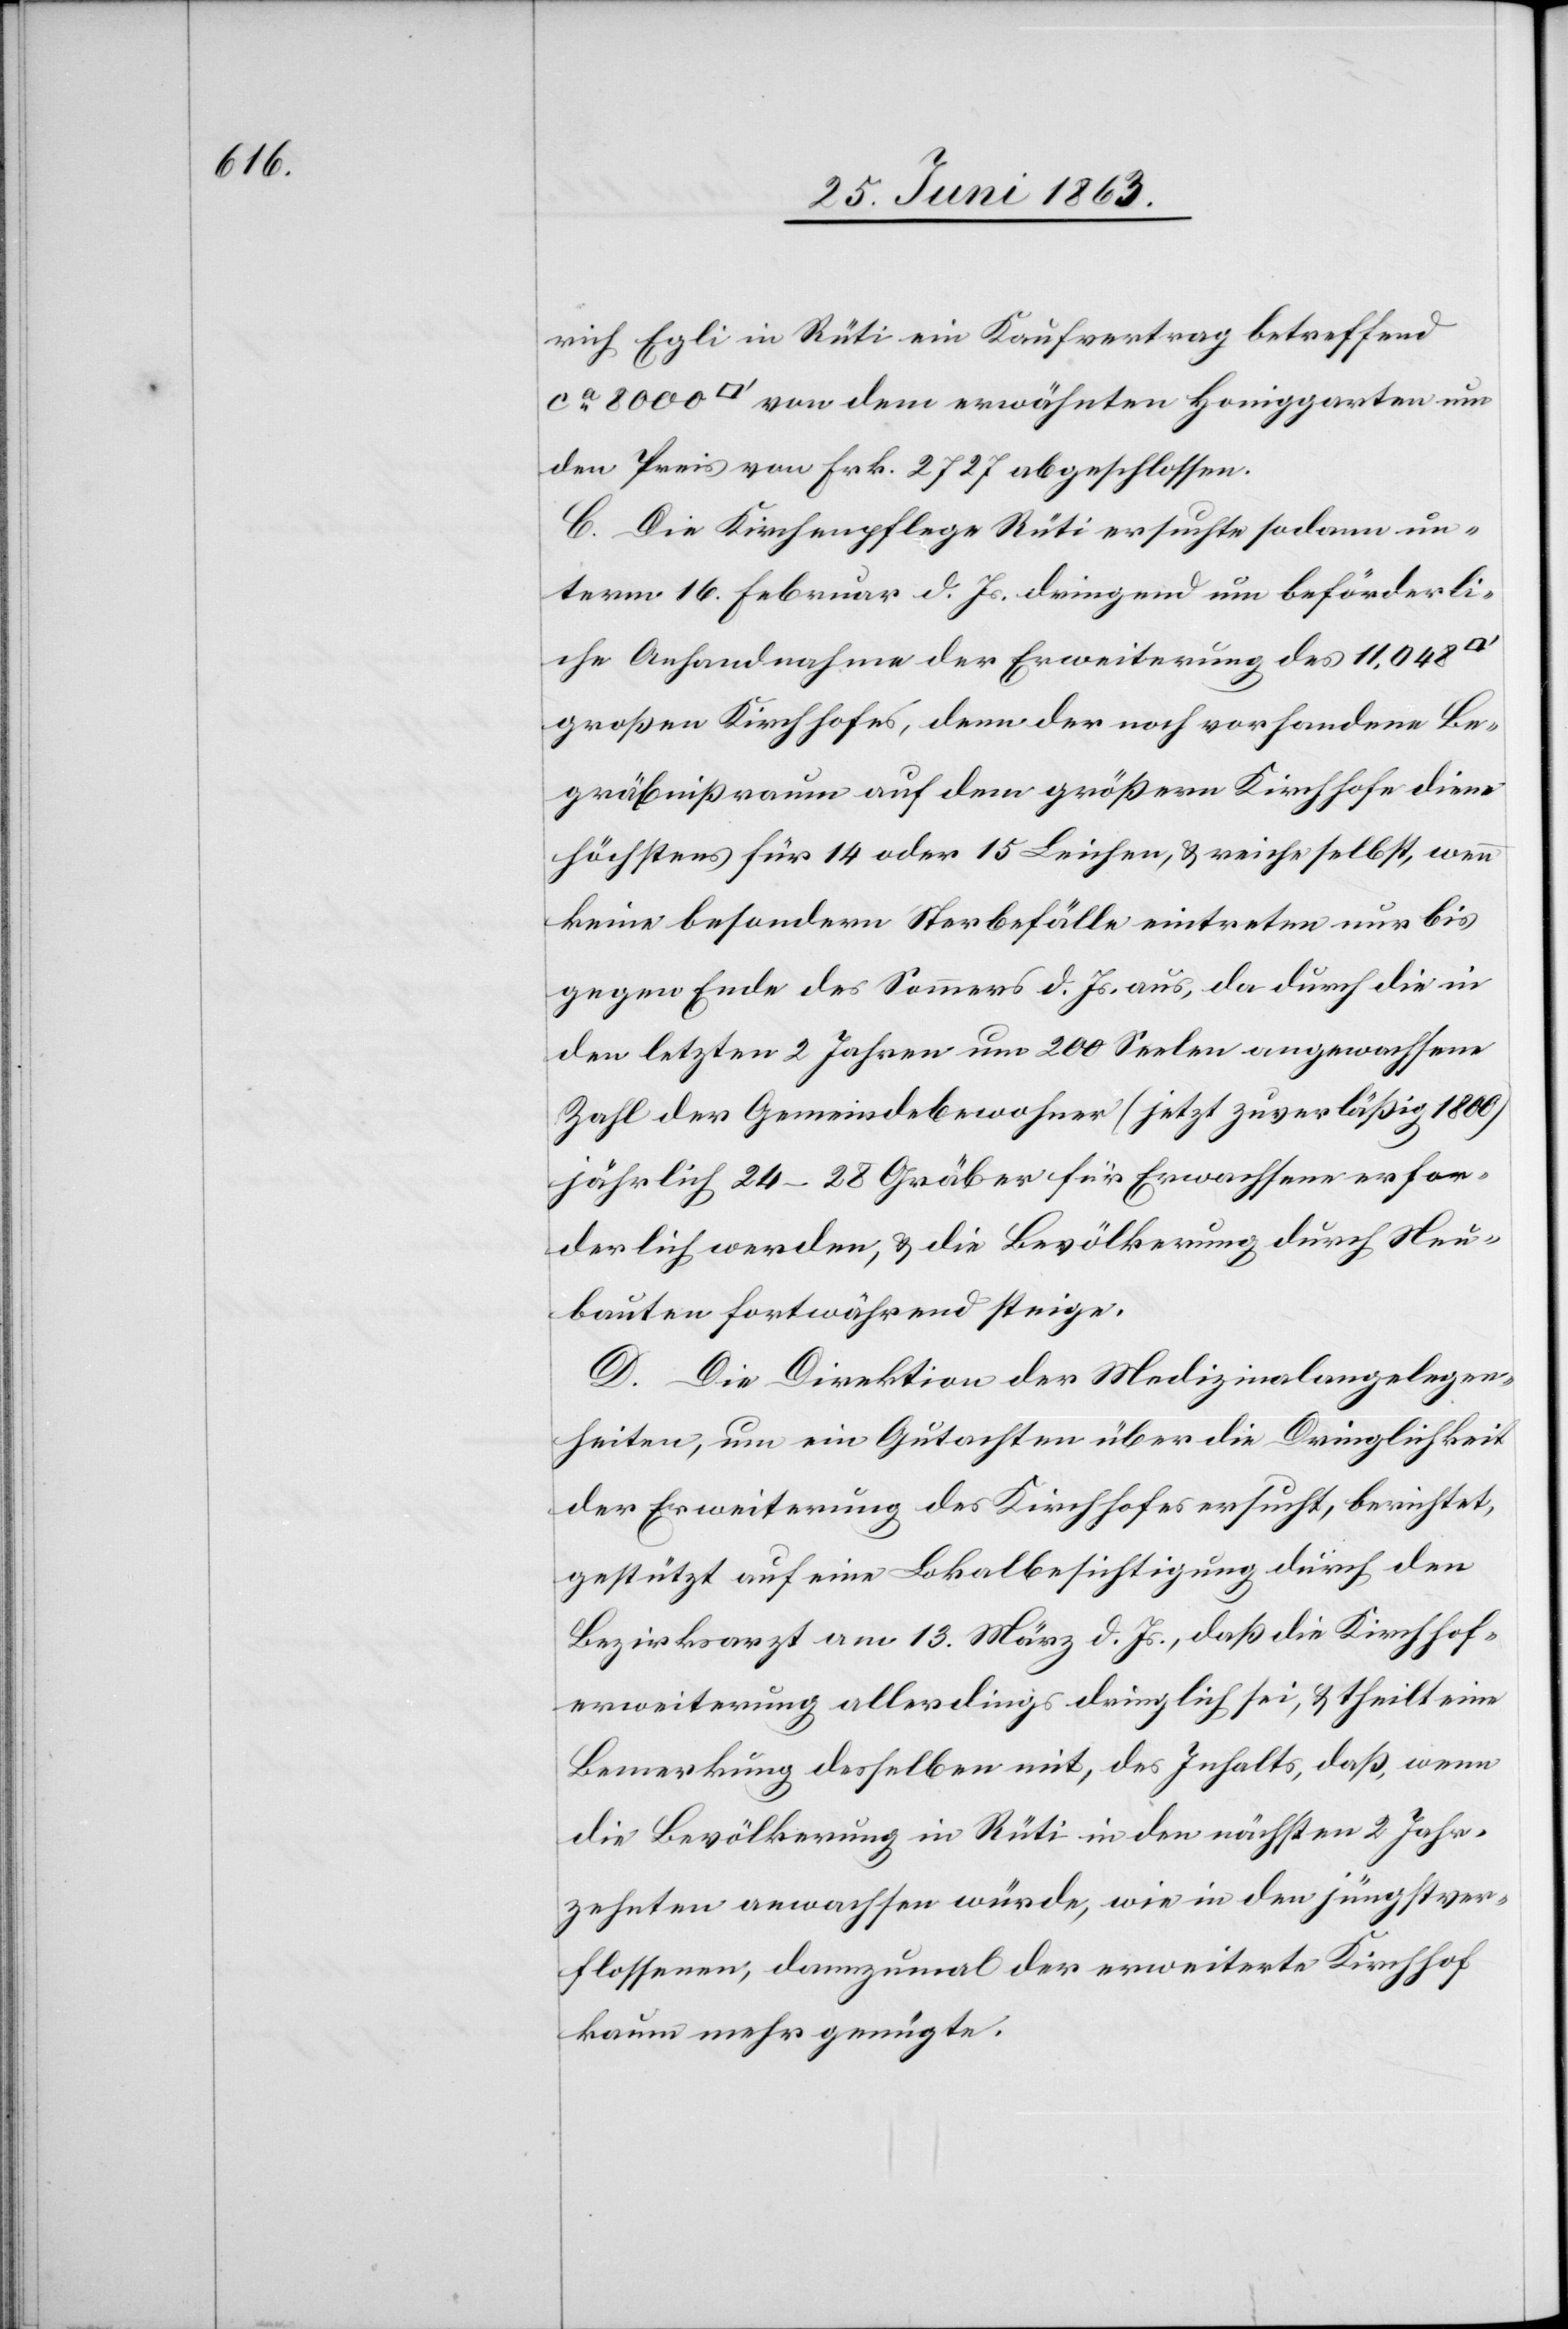
rich Egli in Rüti ein Kaufvertrag betreffend
[Quadratfuss] von dem erwähnten Honiggarten um
den Preis von Frk. 2727 abgeschlossen.
C. Die Kirchenpflege Rüti ersuchte sodann un¬
term 16. Februar d. Js. dringend um beförderli¬
che Anhandnahme der Erweiterung des 11,048
großen Kirchhofes, denn der noch vorhandene Be¬
gräbnißraum auf dem größern Kirchhofe diene
höchstens für 14 oder 15 Leichen, & reiche selbst, wenn
keine besondern Sterbefälle eintreten nur bis
gegen Ende des Sommers d. Js. aus, da durch die in
den letzten 2 Jahren um 200 Seelen angewachsene
Zahl der Gemeindebewohner (jetzt zuverläßig 1800)
jährlich 24–28 Gräber für Erwachsene erfor¬
derlich werden, & die Bevölkerung durch Neu¬
bauten fortwährend steige.
D. Die Direktion der Medizinalangelegen¬
heiten, um ein Gutachten über die Dringlichkeit
der Erweiterung des Kirchhofes ersucht, berichtet,
gestützt auf eine Lokalbesichtigung durch den
Bezirksarzt am 13. März d. Js., daß die Kirchhof¬
erweiterung allerdings dringlich sei, & theilt eine
Bemerkung desselben mit, des Inhalts, daß, wenn
die Bevölkerung in Rüti in den nächsten 2 Jahr¬
zehnten anwachsen würde, wie in den jüngstver¬
flossenen, dannzumal der erweiterte Kirchhof
kaum mehr genügte.